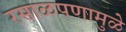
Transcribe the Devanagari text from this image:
रसाळपणामुळे